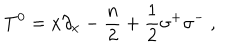
T ^ { 0 } = x \partial _ { x } - { \frac { n } { 2 } } + { \frac { 1 } { 2 } } \sigma ^ { + } \sigma ^ { - } \ ,